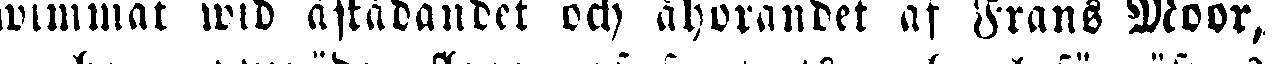
swimmat wid askådandet och åhörandet af Frans Moor,